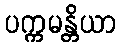
ပက္ကမန္တိယာ